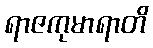
ရာဇကုမာရာတိ